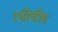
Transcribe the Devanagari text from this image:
रफीचीच